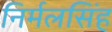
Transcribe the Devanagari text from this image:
निर्मलसिंह